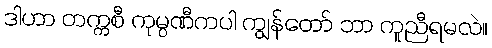
ဒါဟာ တက္ကစီ ကုမ္ပဏီကပါ ကျွန်တော် ဘာ ကူညီရမလဲ။